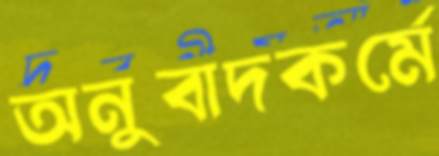
অনুবাদকর্মে